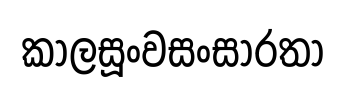
කාලසූංවසංසාරතා